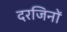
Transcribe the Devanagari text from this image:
दरजिनों